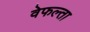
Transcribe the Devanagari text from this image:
वेफल्ता